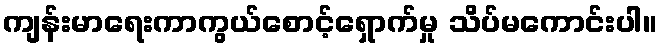
ကျန်းမာရေးကာကွယ်စောင့်ရှောက်မှု သိပ်မကောင်းပါ။